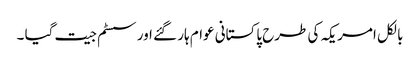
بالکل امریکہ کی طرح پاکستانی عوام ہار گئے اور سسٹم جیت گیا ۔